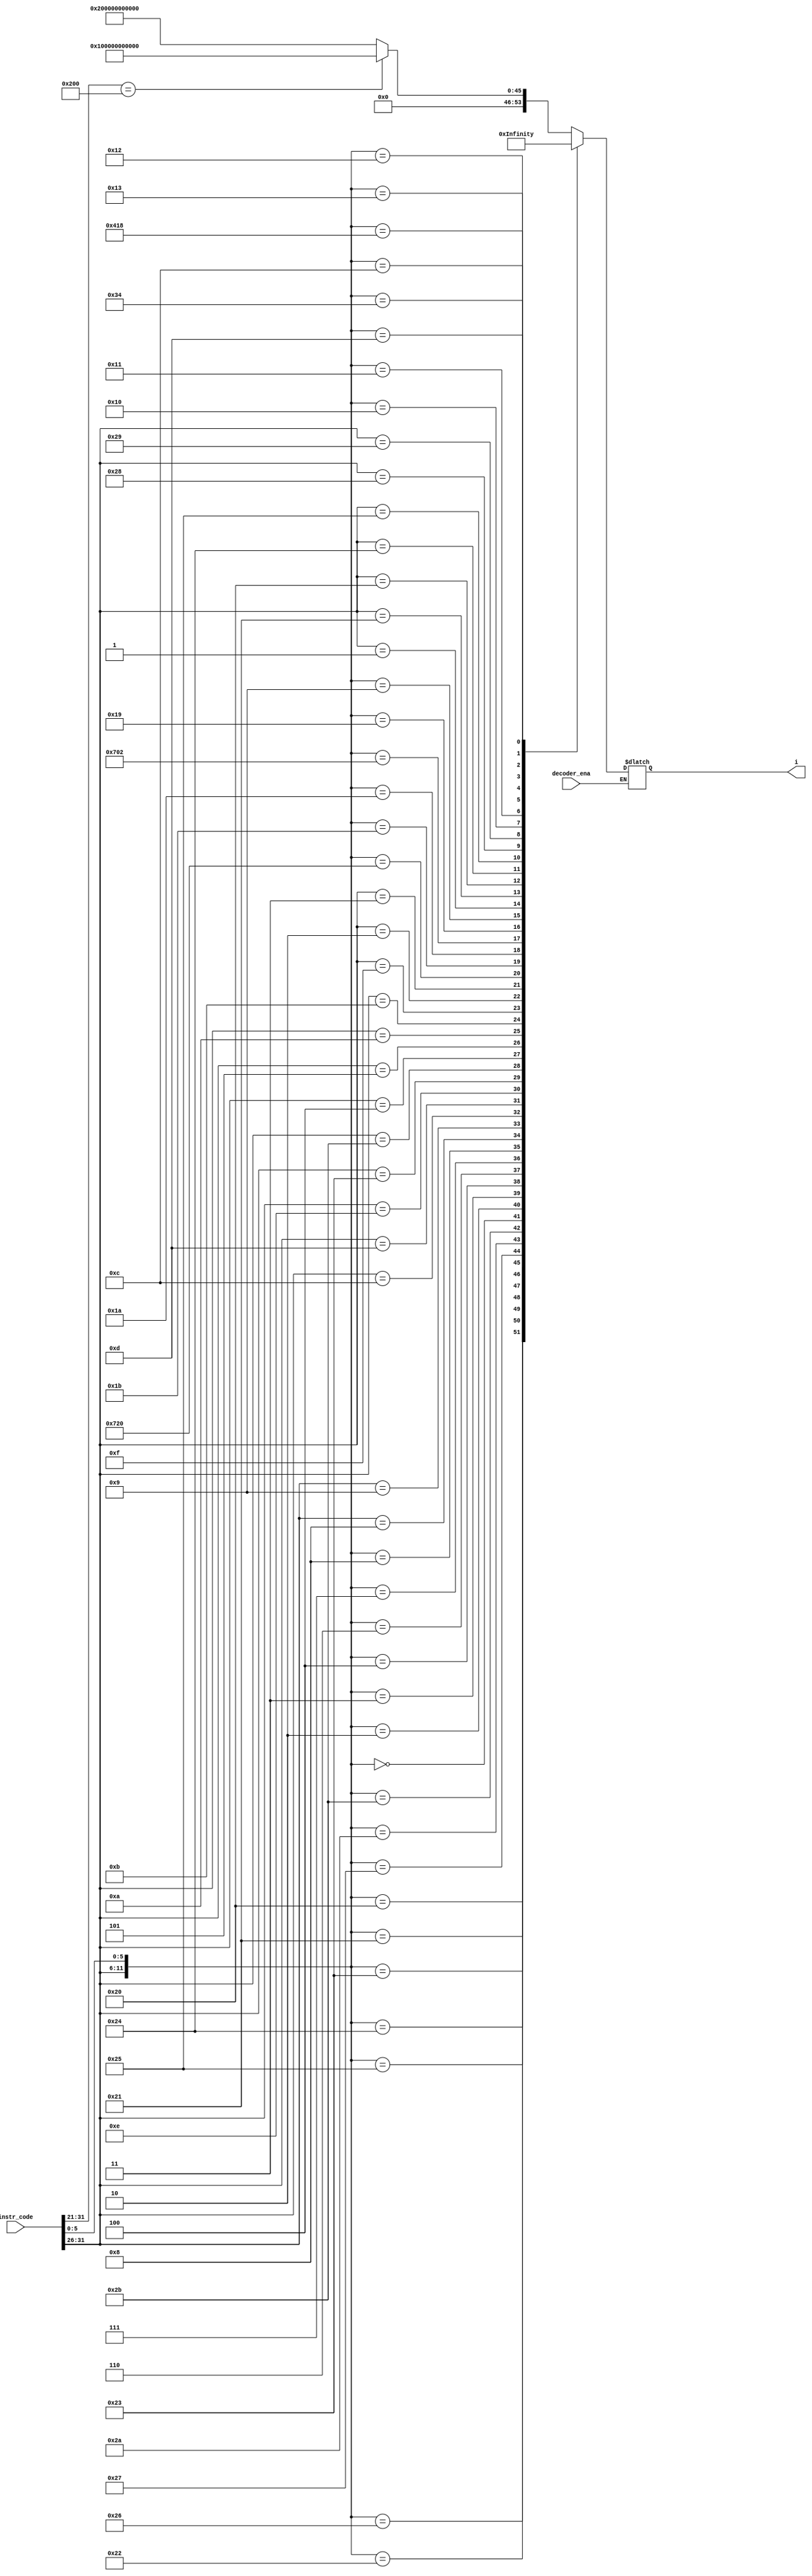
`timescale 1ns / 1ps
//////////////////////////////////////////////////////////////////////////////////
// Company: 
// Engineer: 
// 
// Design Name: 
// Module Name: instr_decoder
// Project Name: 
// Target Devices: 
// Tool Versions: 
// Description: 
// 
// Dependencies: 
// 
// Revision:
// Revision 0.01 - File Created
// Additional Comments:
// 
//////////////////////////////////////////////////////////////////////////////////

//1
module instr_decoder(
    input [31:0]instr_code,
    input decoder_ena,
    output reg [53:0] i

    );
    wire [11:0] tmp;
    assign tmp = {instr_code[31:26],instr_code[5:0]};
    always @ (*)
    begin
        if (decoder_ena)begin
        
            casez(tmp)
                12'b000000100000 :i = 54'b000000000000000000000000000000000000000000000000000001;//add 0
                12'b000000100001 :i = 54'b000000000000000000000000000000000000000000000000000010;//addu 1
                12'b000000100010 :i = 54'b000000000000000000000000000000000000000000000000000100;//sub 2
                12'b000000100011 :i = 54'b000000000000000000000000000000000000000000000000001000;//subu 3
                12'b000000100100 :i = 54'b000000000000000000000000000000000000000000000000010000;//and 4
                12'b000000100101 :i = 54'b000000000000000000000000000000000000000000000000100000;//or 5
                12'b000000100110 :i = 54'b000000000000000000000000000000000000000000000001000000;//xor 6
                12'b000000100111 :i = 54'b000000000000000000000000000000000000000000000010000000;//nor 7
                12'b000000101010 :i = 54'b000000000000000000000000000000000000000000000100000000;//slt 8  //rd ?(rs < rt)
                12'b000000101011 :i = 54'b000000000000000000000000000000000000000000001000000000;//sltu 9
                12'b000000000000 :i = 54'b000000000000000000000000000000000000000000010000000000;//sll 10  //rd ? rt << sa
                12'b000000000010 :i = 54'b000000000000000000000000000000000000000000100000000000;//srl 11
                12'b000000000011 :i = 54'b000000000000000000000000000000000000000001000000000000;//sra 12 
                12'b000000000100 :i = 54'b000000000000000000000000000000000000000010000000000000;//sllv 13 //rd ? rt << rs
                12'b000000000110 :i = 54'b000000000000000000000000000000000000000100000000000000;//srlv 14
                12'b000000000111 :i = 54'b000000000000000000000000000000000000001000000000000000;//srav 15
                12'b000000001000 :i = 54'b000000000000000000000000000000000000010000000000000000;//jr 16
                12'b001000?????? :i = 54'b000000000000000000000000000000000000100000000000000000;//addi 17
                12'b001001?????? :i = 54'b000000000000000000000000000000000001000000000000000000;//addiu 18 
                12'b001100?????? :i = 54'b000000000000000000000000000000000010000000000000000000;//andi 19
                12'b001101?????? :i = 54'b000000000000000000000000000000000100000000000000000000;//ori 20
                12'b001110?????? :i = 54'b000000000000000000000000000000001000000000000000000000;//xori 21
                12'b100011?????? :i = 54'b000000000000000000000000000000010000000000000000000000;//lw 22
                12'b101011?????? :i = 54'b000000000000000000000000000000100000000000000000000000;//sw 23
                12'b000100?????? :i = 54'b000000000000000000000000000001000000000000000000000000;//beq 24
                12'b000101?????? :i = 54'b000000000000000000000000000010000000000000000000000000;//bne 25
                12'b001010?????? :i = 54'b000000000000000000000000000100000000000000000000000000;//slti 26
                12'b001011?????? :i = 54'b000000000000000000000000001000000000000000000000000000;//sltiu 27
                12'b001111?????? :i = 54'b000000000000000000000000010000000000000000000000000000;//lui 28
                12'b000010?????? :i = 54'b000000000000000000000000100000000000000000000000000000;//j 29
                12'b000011?????? :i = 54'b000000000000000000000001000000000000000000000000000000;//jal 30
                12'b011100100000 :i = 54'b000000000000000000000010000000000000000000000000000000;//clz 31
                12'b000000011011 :i = 54'b000000000000000000000100000000000000000000000000000000;//divu 32
                12'b000000011010 :i = 54'b000000000000000000001000000000000000000000000000000000;//div 33
                12'b011100000010 :i = 54'b000000000000000000010000000000000000000000000000000000;//mul 34
                12'b000000011001 :i = 54'b000000000000000000100000000000000000000000000000000000;//mulu 35
                12'b000000001001 :i = 54'b000000000000000001000000000000000000000000000000000000;//jalr 36
                12'b000001?????? :i = 54'b000000000000000010000000000000000000000000000000000000;//bgez 37
                12'b100001?????? :i = 54'b000000000000000100000000000000000000000000000000000000;//lh 38
                12'b100000?????? :i = 54'b000000000000001000000000000000000000000000000000000000;//lb 39
                12'b100100?????? :i = 54'b000000000000010000000000000000000000000000000000000000;//lbu 40
                12'b100101?????? :i = 54'b000000000000100000000000000000000000000000000000000000;//lhu 41
                12'b101000?????? :i = 54'b000000000001000000000000000000000000000000000000000000;//sb 42
                12'b101001?????? :i = 54'b000000000010000000000000000000000000000000000000000000;//sh 43
                // 12'b010000000000 :i = 54'b000000000100000000000000000000000000000000000000000000;//mfc0 44 cp0->rf
                // 12'b010000000000 :i = 54'b000000001000000000000000000000000000000000000000000000;//mtc0 45
                12'b000000010000 :i = 54'b000000010000000000000000000000000000000000000000000000;//mfhi 46 rf->hi
                12'b000000010001 :i = 54'b000000100000000000000000000000000000000000000000000000;//mthi 47
                12'b000000010010 :i = 54'b000001000000000000000000000000000000000000000000000000;//mflo 48
                12'b000000010011 :i = 54'b000010000000000000000000000000000000000000000000000000;//mtlo 49
                12'b010000011000 :i = 54'b000100000000000000000000000000000000000000000000000000;//eret 50 cp0->pc
                12'b000000001100 :i = 54'b001000000000000000000000000000000000000000000000000000;//syscall 51
                12'b000000110100 :i = 54'b010000000000000000000000000000000000000000000000000000;//teq 52
                12'b000000001101 :i = 54'b100000000000000000000000000000000000000000000000000000;//break 53
                default:  begin
                    if (instr_code[31:21]==11'b01000000000)begin
                        i = 54'b000000000100000000000000000000000000000000000000000000;//mfc0 44
                    end
                    else if(instr_code[31:21]==11'b01000000100)begin
                        i = 54'b000000001000000000000000000000000000000000000000000000;//mtc0 45
                    end
                    else begin
                        i = 54'bx;
                    end
                end        

                
            endcase
         
        end
    end
endmodule
 /*


*/